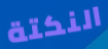
النكتة